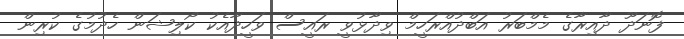
ފޮނަދޫ ދާއިރާގެ މެމްބަރު އަބްދުއްރަހީމް ވިދާޅުވީ ރައީސް ވަހީދާއެކު ކޯލިޝަން ހެދުމުގެ ކުރިން